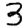
Digit: 3